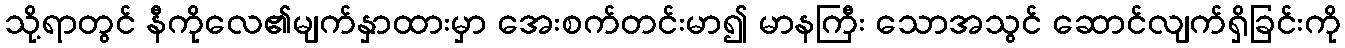
သို့ရာတွင် နီကိုလေ၏မျက်နှာထားမှာ အေးစက်တင်းမာ၍ မာနကြီး သောအသွင် ဆောင်လျက်ရှိခြင်းကို